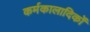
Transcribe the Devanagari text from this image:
कर्मकालादिकों